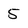
Character: 5